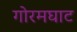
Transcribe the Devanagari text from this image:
गोरमघाट